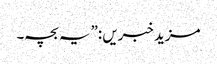
مزید خبریں :”یہ بچہ۔